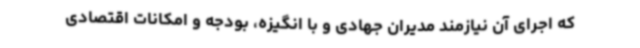
که اجرای آن نیازمند مدیران جهادی و با انگیزه، بودجه و امکانات اقتصادی